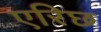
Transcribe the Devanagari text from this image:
एरिछ